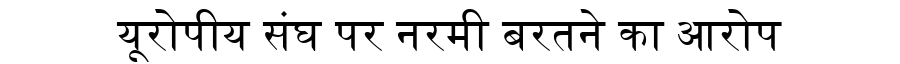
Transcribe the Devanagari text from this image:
यूरोपीय संघ पर नरमी बरतने का आरोप